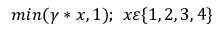
m i n ( \gamma * x , 1 ) ; \ x \varepsilon \{ 1 , 2 , 3 , 4 \}